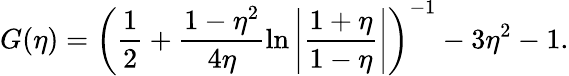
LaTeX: G(\eta)={{\left({\frac{1}{2}+\frac{1-\eta^{2}}{4\eta}\ln\left|{\frac{1+\eta}{1-\eta}}\right|}\right)}^{-1}}-3\eta^{2}-1.